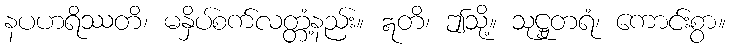
နပဟရိဿတိ၊ မနှိပ်စက်လတ္တံ့နည်း။ ဣတိ၊ ဤသို့။ သုဋ္ဌုတရံ၊ ကောင်းစွာ။